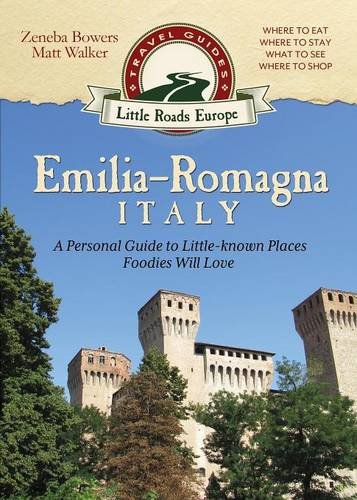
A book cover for Emilia-Romagna, Italy: A Personal Guide to Little-known Places Foodies Will Love (Little Roads Europe); Zeneba Bowers; History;